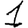
Digit: 1